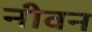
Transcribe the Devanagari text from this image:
नीवन